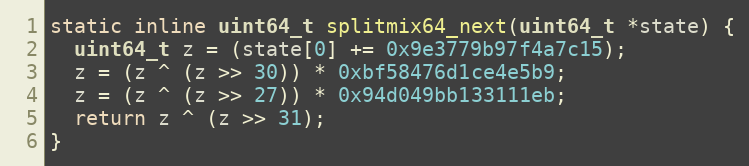
Language: C
static inline uint64_t splitmix64_next(uint64_t *state) {
  uint64_t z = (state[0] += 0x9e3779b97f4a7c15);
  z = (z ^ (z >> 30)) * 0xbf58476d1ce4e5b9;
  z = (z ^ (z >> 27)) * 0x94d049bb133111eb;
  return z ^ (z >> 31);
}